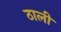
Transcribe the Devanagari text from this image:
ठाली